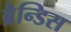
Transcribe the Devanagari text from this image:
ब्रैन्डिस